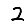
Digit: 2